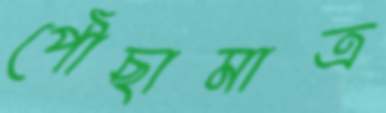
পৌঁছামাত্র